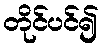
တိုင်ပင်၍